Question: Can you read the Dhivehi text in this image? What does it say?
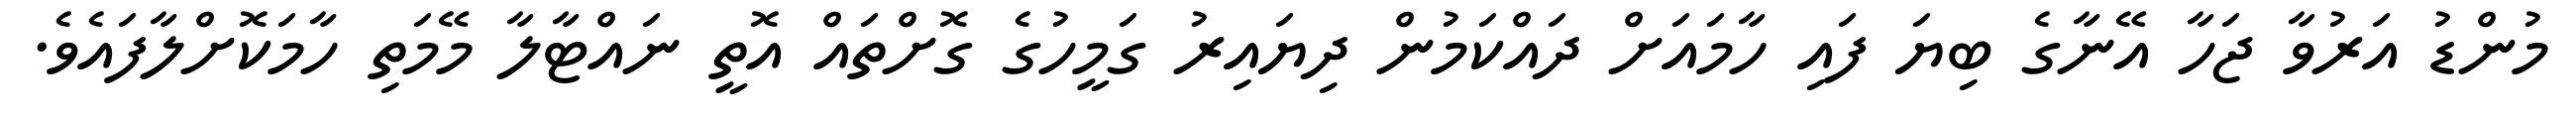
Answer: މުންޑު އަރުވާ ޖަހާ އޭނާގެ ބިޔަ ފައި ހާމައަށް ދައްކަމުން ދިޔައިރު ގަމީހުގެ ގޮށްތައް އޮތީ ނައްޓާލާ މޭމަތި ހާމަކޮށްލާފައެވެ.